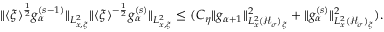
\begin{array} { r } { \| \langle \xi \rangle ^ { \frac { 1 } { 2 } } g _ { \alpha } ^ { ( s - 1 ) } \| _ { L _ { x , \xi } ^ { 2 } } \| \langle \xi \rangle ^ { - \frac { 1 } { 2 } } g _ { \alpha } ^ { ( s ) } \| _ { L _ { x , \xi } ^ { 2 } } \leq ( C _ { \eta } \| g _ { \alpha + 1 } \| _ { L _ { x } ^ { 2 } ( \mathcal H _ { \sigma } ) _ { \xi } } ^ { 2 } + \| g _ { \alpha } ^ { ( s ) } \| _ { L _ { x } ^ { 2 } ( \mathcal H _ { \sigma } ) _ { \xi } } ^ { 2 } ) . } \end{array}